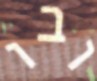
ובו